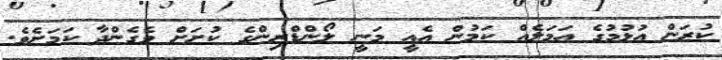
ކުރަން އުޅުމުގެ އަމަލެއް ކަމުން އެއީ މަނީ ލޯންޑްރިންގެ ކުށަށް ވެގެންދާ ކަމަށެވެ.